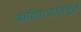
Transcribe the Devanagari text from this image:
आदितार्‍यांमधून